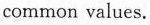
common values.